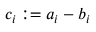
c _ { i } : = a _ { i } - b _ { i }